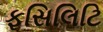
ફસિલિટિ